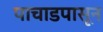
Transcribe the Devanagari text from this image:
पाचाडपासून